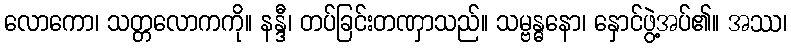
လောကော၊ သတ္တလောကကို။ နန္ဒီ၊ တပ်ခြင်းတဏှာသည်။ သမ္ဗန္ဓနော၊ နှောင်ဖွဲ့အပ်၏။ အဿ၊